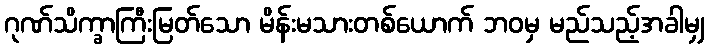
ဂုဏ်သိက္ခာကြီးမြတ်သော မိန်းမသားတစ်ယောက် ဘဝမှ မည်သည့်အခါမျှ